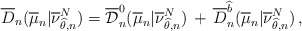
\begin{align*} \overline D_n(\overline{\mu}_n | \overline{\nu}_{\widehat\theta, n}^N ) =\overline{ \mathcal D}_n^0 (\overline{\mu}_n | \overline{\nu}_{\widehat \theta ,n}^N)\,+\, \overline D^{\widehat b}_n (\overline{\mu}_n | \overline{\nu}_{\widehat \theta ,n}^N) \, ,\end{align*}